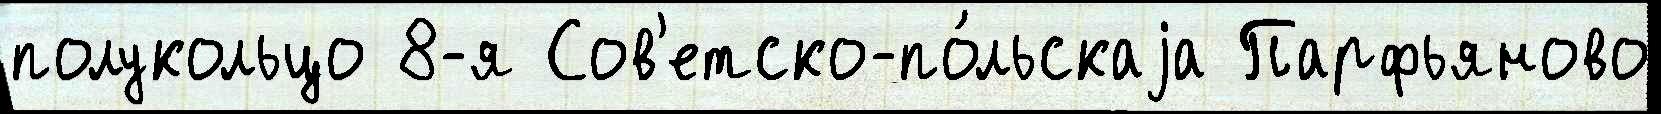
полукольцо 8-я Сов'етско-по́льскаjа Парфьяново